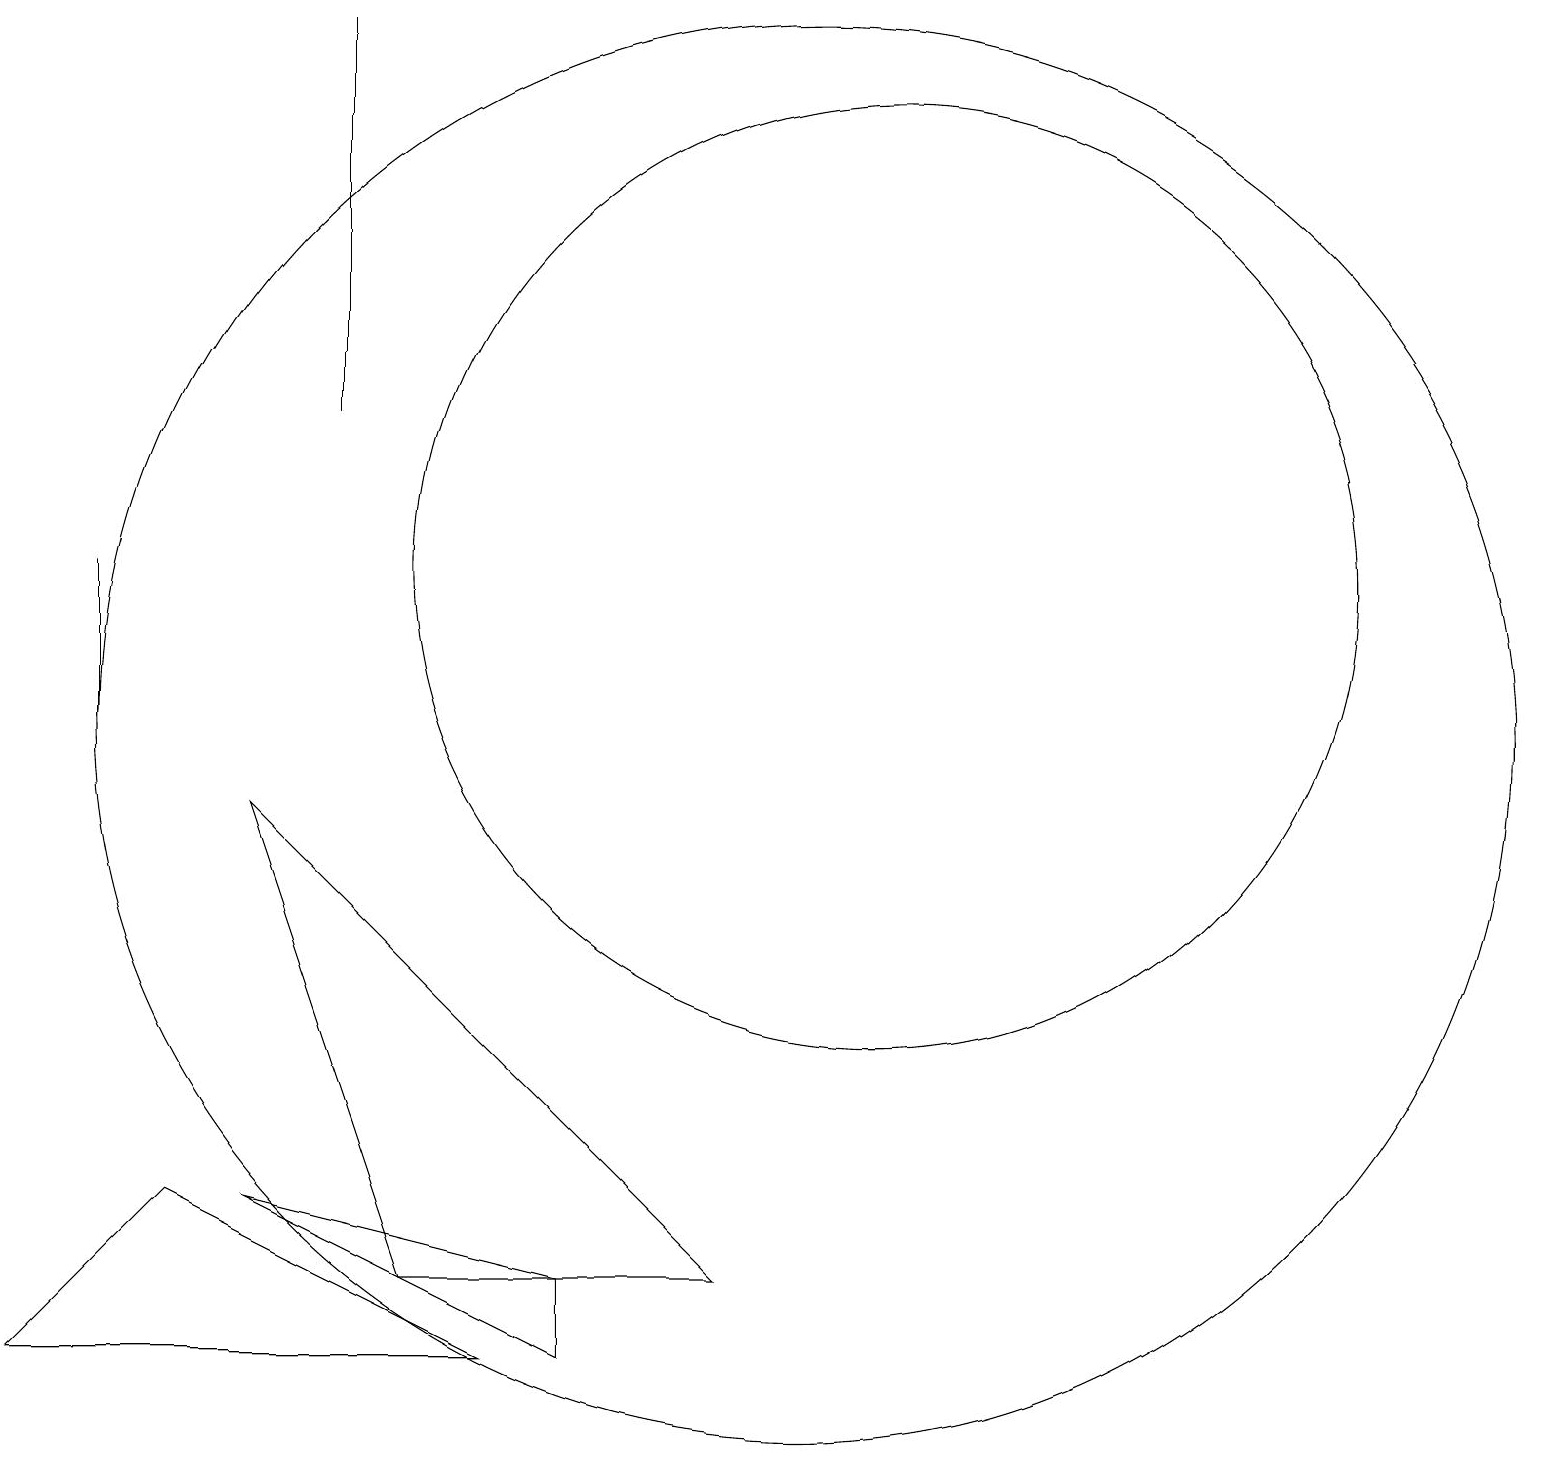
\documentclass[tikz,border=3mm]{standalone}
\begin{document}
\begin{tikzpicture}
\draw (11,12) circle (6);
\draw (0,2) -- (6,2) -- (2,4) -- cycle;
\draw (1,12) rectangle (1,10);
\draw (10,10) circle (9);
\draw (4,14) rectangle (4,19);
\draw (5,3) -- (9,3) -- (3,9) -- cycle;
\draw (3,4) -- (7,2) -- (7,3) -- cycle;
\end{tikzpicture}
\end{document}